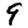
Digit: 9